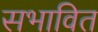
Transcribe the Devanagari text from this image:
सभावित